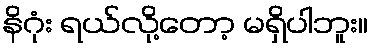
နိဂုံး ရယ်လို့တော့ မရှိပါဘူး။